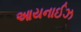
આયનાઈઝ